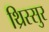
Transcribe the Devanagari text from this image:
थ्रिस्सुर